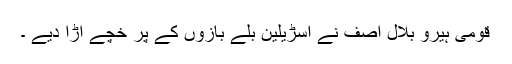
قومی ہیرو بلال آصف نے آسڑیلین بلے بازوں کے پر خچے اڑا دیے ۔